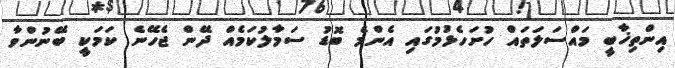
އިންތިޚާބީ މައްސަލަތައް ހުށަހެޅުމުގައި އެންމެ ބޮޑު ސަމާލުކަމެއް ދޭން ޖެހޭނެ ކަމަކީ ބޭނުންވާ